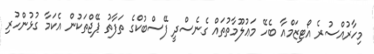
މިހާރުއްސުރެ އޯޓިޒަމްއާ ބެހޭ މަޢުލޫމާތުތައް ގެނެސްދީ ފޭސްބުކްގެ ތަފާތު ޕޭޖްތަކުން އެކަމާ ގުޅުންހުރި